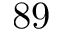
8 9